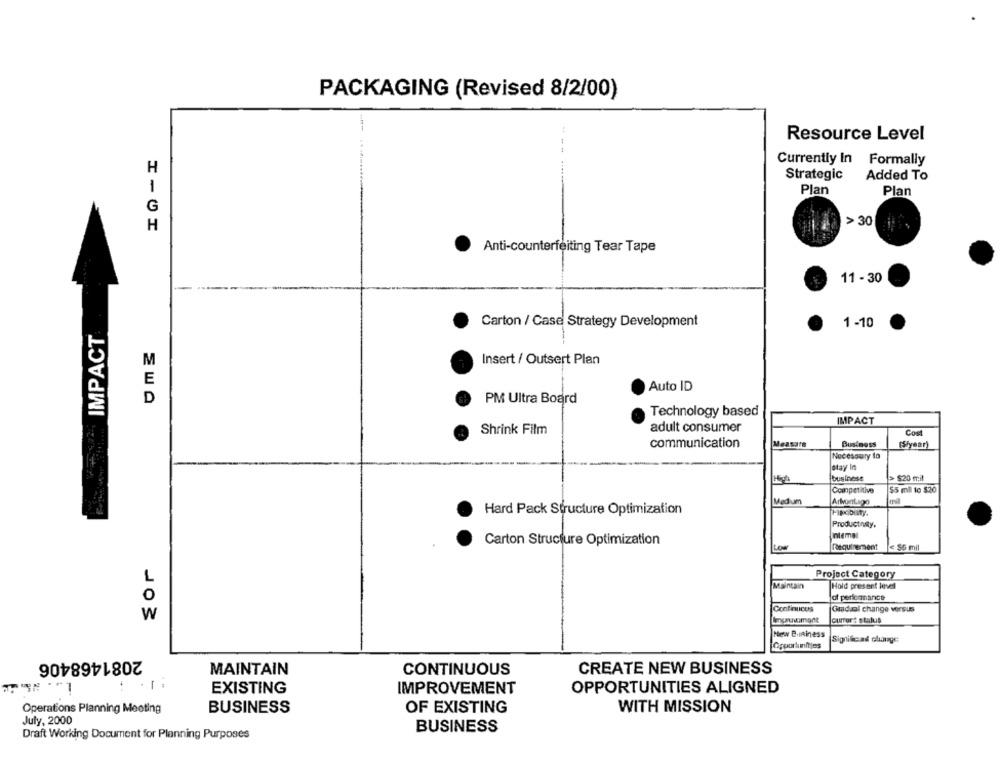
PACKAGING (Revised 8/2/00)
Resource Level
Currently In Formally
H
Strategic
Added To
1
Plan
Plan
G
> 30
H
Anti-counterfeiting Tear Tape
11 - 30
IMPACT
Carton / Case Strategy Development
1 -10
M
Insert / Outsert Plan
E
Auto ID
D
PM Ultra Board
Technology based
adult consumer
IMPACT
Shrink Film
Com
communication
Measure
Business
(S/year)
Necessary to
stay In
business
> $20 mil
$5 mll to $20
Competitive
Medium
Ariontago
mil
Hard Pack Structure Optimization
Pippobuty.
Productnay,
Carton Structure Optimization
Intemal
Low
Requirement
< S& mil
L
Project Category
Maintain
Hold present level
O
of performance
Continuces
Gradaal change versus
W
current status
New Business
Significad change
2081468406
CREATE NEW BUSINESS
MAINTAIN
CONTINUOUS
·1
EXISTING
IMPROVEMENT
OPPORTUNITIES ALIGNED
Operations Planning Meeting
BUSINESS
OF EXISTING
WITH MISSION
July, 2000
BUSINESS
Draft Working Document for Planning Purposes